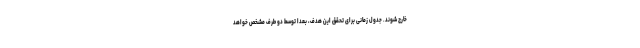
خارج شوند. جدول زمانی برای تحقق این هدف، بعدا توسط دو طرف مشخص خواهد